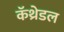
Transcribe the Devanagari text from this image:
कॅथ्रेडल